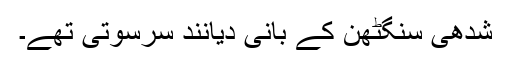
شدھی سنگٹھن کے بانی دیانند سرسوتی تھے۔